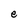
Character: e